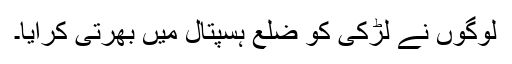
لوگوں نے لڑکی کو ضلع ہسپتال میں بھرتی کرایا۔